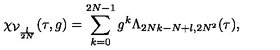
\chi _ { \mathcal { V } _ { \frac { l } { 2 N } } } ( \tau , g ) = \sum _ { k = 0 } ^ { 2 N - 1 } g ^ { k } \Lambda _ { 2 N k - N + l , 2 N ^ { 2 } } ( \tau ) ,